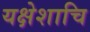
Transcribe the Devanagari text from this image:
यक्षेशाचि